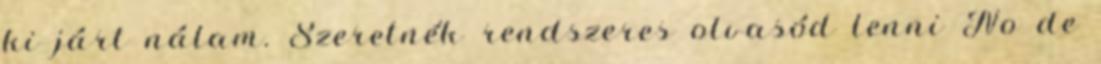
ki járt nálam. Szeretnék rendszeres olvasód lenni No de